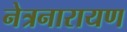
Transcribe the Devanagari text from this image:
नेत्रनारायण